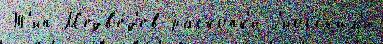
Т'ип М'едв'е́д'ев раско́пк'и х'иосск'им'и